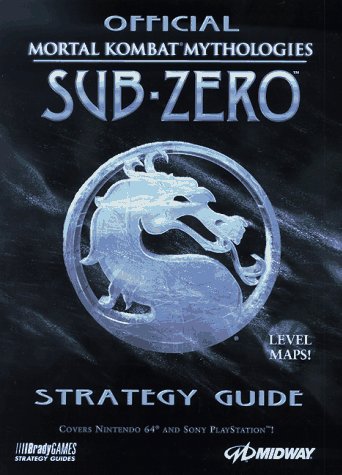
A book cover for OFFICIAL MORTAL KOMBAT MYTHOLOGIES SUB-ZERO STRATEGY GUIDE; James Fink; Children's Books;